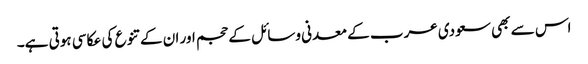
اس سے بھی سعودی عرب کے معدنی وسائل کے حجم اور ان کے تنوع کی عکاسی ہوتی ہے۔